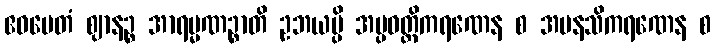
ဧဝမေတံ ဈာနဉ္စ အာရမ္မဏဉ္စာတိ ဥဘယမ္ပိ အပ္ပဝတ္တိကရဏေန စ အမနသိကရဏေန စ